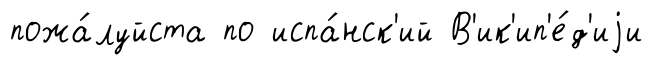
пожа́луйста по испа́нск'ий В'ик'ип'е́д'иjи